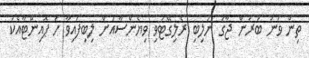
ތިން ވަނަ ބުރުން ޖާގަ ނުލިބި ރެލިގޭޓުވި ވިޔެންސާއަށް ލިބިފައިވާ ހަ ޕޮއިންޓާއެކު